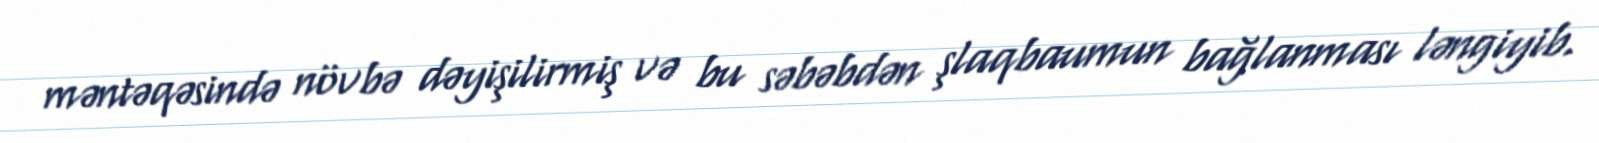
məntəqəsində növbə dəyişilirmiş və bu səbəbdən şlaqbaumun bağlanması ləngiyib.